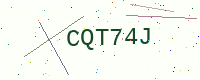
Text: CQT74J